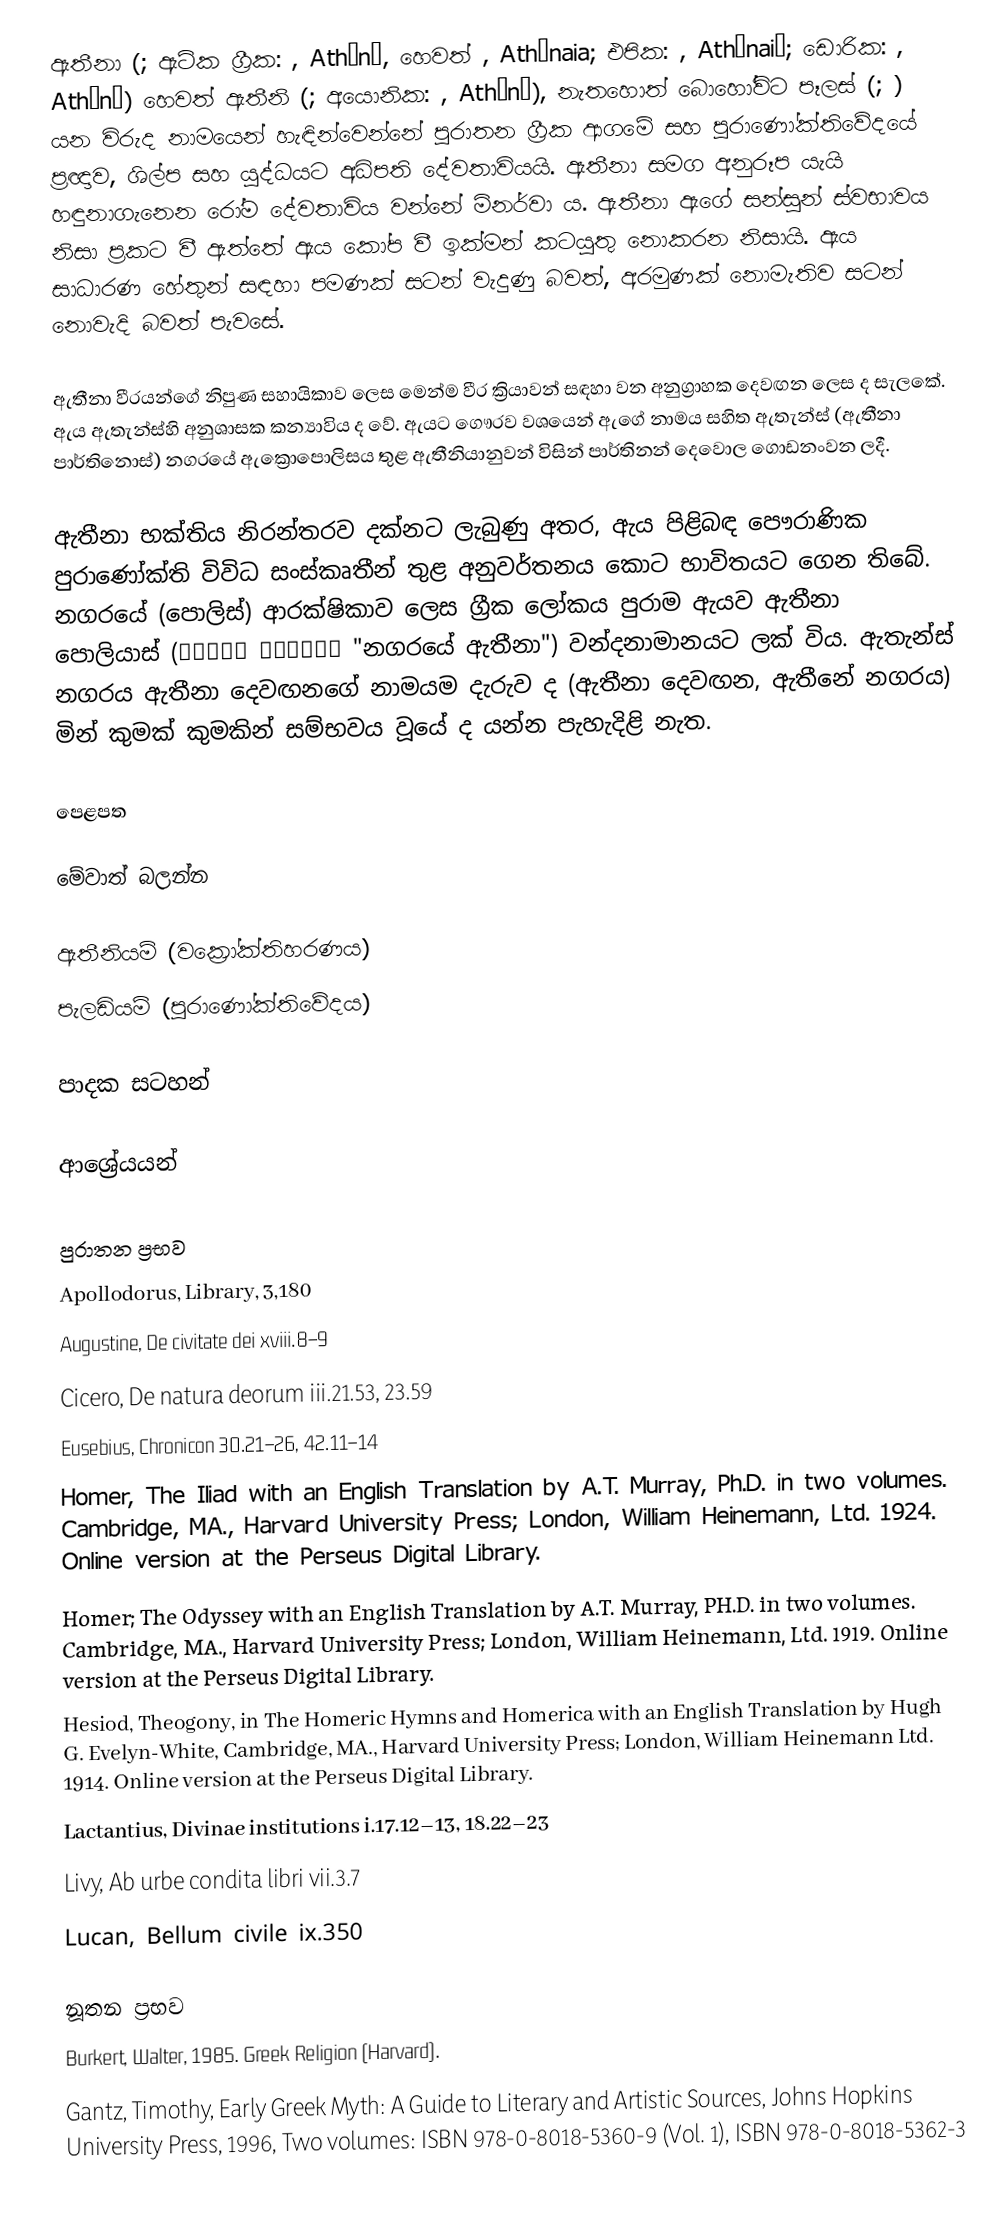
ඇතීනා (; ඇටික ග්‍රීක: , Athēnā, හෙවත් , Athēnaia; එපික: , Athēnaiē; ඩොරික: , Athānā) හෙවත් ඇතීනි (; අයොනික: , Athēnē), නැතහොත් බොහෝවිට පෑලස් (; ) යන විරුද නාමයෙන් හැඳින්වෙන්නේ පුරාතන ග්‍රීක ආගමේ සහ පුරාණෝක්තිවේදයේ ප්‍රඥාව, ශිල්ප සහ යුද්ධයට අධිපති දේවතාවියයි. ඇතීනා සමග අනුරූප යැයි හඳුනාගැනෙන රෝම දේවතාවිය වන්නේ මිනර්වා ය. ඇතීනා ඇගේ සන්සුන් ස්වභාවය නිසා ප්‍රකට වී ඇත්තේ ඇය කෝප වී ඉක්මන් කටයුතු නොකරන නිසායි. ඇය සාධාරණ හේතුන් සඳහා පමණක් සටන් වැදුණු බවත්, අරමුණක් නොමැතිව සටන් නොවැදි බවත් පැවසේ.

ඇතීනා වීරයන්ගේ නිපුණ සහායිකාව ලෙස මෙන්ම වීර ක්‍රියාවන් සඳහා වන අනුග්‍රාහක දෙවඟන ලෙස ද සැලකේ. ඇය ඇතැන්ස්හි අනුශාසක කන්‍යාවිය ද වේ. ඇයට ගෞරව වශයෙන් ඇගේ නාමය සහිත ඇතැන්ස් (ඇතීනා පාර්තිනොස්) නගරයේ ඇක්‍රො‍පොලිසය තුළ ඇතීනියානුවන් විසින් පාර්තිනන් දෙවොල ගොඩනංවන ලදී.

ඇතීනා භක්තිය නිරන්තරව දක්නට ලැබුණු අතර, ඇය පිළිබඳ පෞරාණික පුරාණෝක්ති විවිධ සංස්කෘතීන් තුළ අනුවර්තනය කොට භාවිතයට ගෙන තිබේ. නගරයේ (පොලිස්) ආරක්ෂිකාව ලෙස ග්‍රීක ලෝකය පුරාම ඇයව ඇතීනා පොලියාස් (Ἀθηνᾶ Πολιάς "නගරයේ ඇතීනා") වන්දනාමානයට ලක් විය. ඇතැන්ස් නගරය ඇතීනා දෙවඟනගේ නාමයම දැරුව ද (ඇතීනා දෙවඟන, ඇතීනේ නගරය) මින් කුමක් කුමකින් සම්භවය වූයේ ද යන්න පැහැදිළි නැත.

පෙළපත

මේවාත් බලන්න

 ඇතීනියම් (වක්‍රෝක්තිහරණය)
 පැලඩියම් (පුරාණෝක්තිවේදය)

පාදක සටහන්

ආශ්‍රේයයන්

පුරාතන ප්‍රභව
 Apollodorus, Library, 3,180
 Augustine, De civitate dei xviii.8–9
 Cicero, De natura deorum iii.21.53, 23.59
 Eusebius, Chronicon 30.21–26, 42.11–14
 Homer, The Iliad with an English Translation by A.T. Murray, Ph.D. in two volumes. Cambridge, MA., Harvard University Press; London, William Heinemann, Ltd. 1924. Online version at the Perseus Digital Library.
 Homer; The Odyssey with an English Translation by A.T. Murray, PH.D. in two volumes. Cambridge, MA., Harvard University Press; London, William Heinemann, Ltd. 1919. Online version at the Perseus Digital Library.
 Hesiod, Theogony, in The Homeric Hymns and Homerica with an English Translation by Hugh G. Evelyn-White, Cambridge, MA., Harvard University Press; London, William Heinemann Ltd. 1914. Online version at the Perseus Digital Library.
 Lactantius, Divinae institutions i.17.12–13, 18.22–23
 Livy, Ab urbe condita libri vii.3.7
 Lucan, Bellum civile ix.350

නූතන ප්‍රභව
 Burkert, Walter, 1985. Greek Religion (Harvard).
 Gantz, Timothy, Early Greek Myth: A Guide to Literary and Artistic Sources, Johns Hopkins University Press, 1996, Two volumes: ISBN 978-0-8018-5360-9 (Vol. 1), ISBN 978-0-8018-5362-3